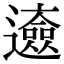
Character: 𨘰